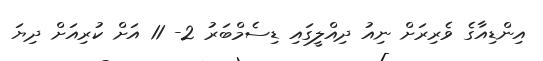
އިންޑިއާގެ ވެރިރަށް ނިއު ދިއްލީގައި ޑިސެމްބަރު 2- 11 އަށް ކުރިއަށް ދިޔަ